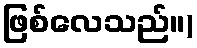
ဖြစ်လေသည်။)